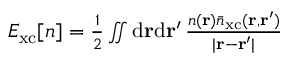
\begin{array} { r } { E _ { \mathrm { x c } } \ensuremath { [ n ] } = \frac { 1 } { 2 } \iint \mathrm { d } \ensuremath { \mathbf { r } } \mathrm { d } \ensuremath { \mathbf { r } } ^ { \prime } \, \frac { n ( \ensuremath { \mathbf { r } } ) \bar { n } _ { \mathrm { x c } } ( \ensuremath { \mathbf { r } } , \ensuremath { \mathbf { r } } ^ { \prime } ) } { | \ensuremath { \mathbf { r } } - \ensuremath { \mathbf { r } } ^ { \prime } | } } \end{array}